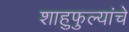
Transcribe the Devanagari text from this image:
शाहुफुल्यांचे